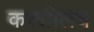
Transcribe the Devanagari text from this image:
करशीलच